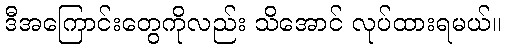
ဒီအကြောင်းတွေကိုလည်း သိအောင် လုပ်ထားရမယ်။